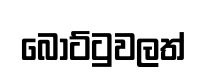
බෝට්ටුවලත්